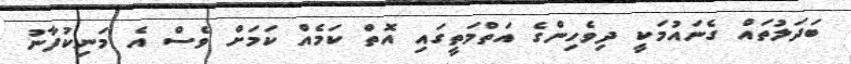
ބަދަލުތައް ގެނައުމަކީ ދިވެހިންގެ އަތްމަތީގައި އޮތް ކަމެއް ކަމަށް ވެސް އެ މަނިކުފާނު